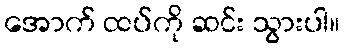
အောက် ထပ်ကို ဆင်း သွားပါ။